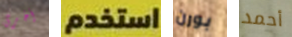
أخرى استخدم بورن أحمد